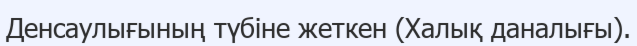
Денсаулығының түбіне жеткен (Халық даналығы).